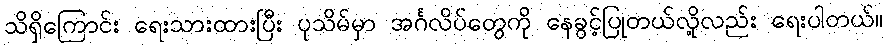
သိရှိကြောင်း ရေးသားထားပြီး ပုသိမ်မှာ အင်္ဂလိပ်တွေကို နေခွင့်ပြုတယ်လို့လည်း ရေးပါတယ်။